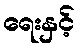
ရေးနှင့်